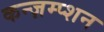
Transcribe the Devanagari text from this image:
कन्ज़म्प्शन